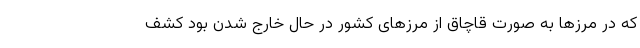
که در مرز‌ها به صورت قاچاق از مرز‌های کشور در حال خارج شدن بود کشف